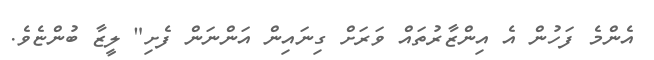
އެންމެ ފަހުން އެ އިންޒާރުތައް ވަރަށް ގިނައިން އަންނަން ފެށި" ލީޒާ ބުންޏެވެ.